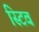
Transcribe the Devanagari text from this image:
स्टिव